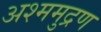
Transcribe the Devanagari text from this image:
अश्ममुद्रण